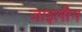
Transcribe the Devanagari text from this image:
ज़ाइलीन